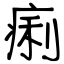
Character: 痢